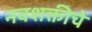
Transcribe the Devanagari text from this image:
नवशक्तीचे